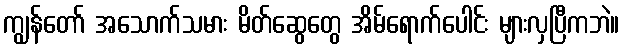
ကျွန်တော် အသောက်သမား မိတ်ဆွေတွေ အိမ်ရောက်ပေါင်း များလှပြီကဘဲ။